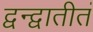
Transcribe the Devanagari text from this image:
द्वन्द्वातीतं